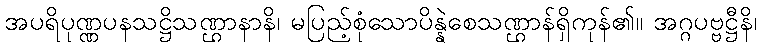
အပရိပုဏ္ဏပနသဋ္ဌိသဏ္ဌာနာနိ၊ မပြည့်စုံသောပိန္နဲစေသဏ္ဌာန်ရှိကုန်၏။ အဂ္ဂပဗ္ဗဋ္ဌီနိ၊